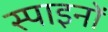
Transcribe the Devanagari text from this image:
स्पाइनों